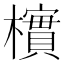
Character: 𪴎